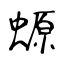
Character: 螈